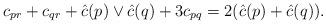
LaTeX: \begin{gather*}c_{pr}+c_{qr}+\hat c(p)\vee \hat c(q)+3c_{pq}=2(\hat c(p)+\hat c(q)).\end{gather*}